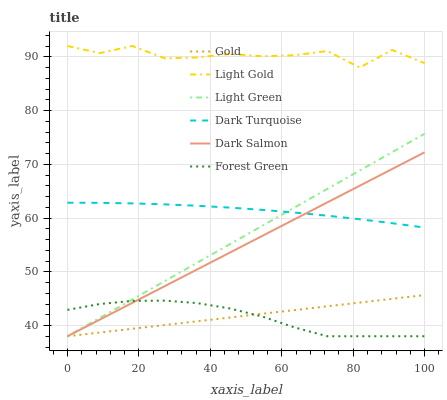
| xaxis_label | Gold | Light Gold | Light Green | Dark Turquoise | Dark Salmon | Forest Green |
 | --- | --- | --- | --- | --- | --- | --- |
 | 0 | 38 | 92 | 38 | 62.8 | 38 | 42.9 |
 | 9.09 | 38.7 | 90.7 | 41.4 | 62.8 | 41.1 | 44 |
 | 18.2 | 39.4 | 92 | 44.9 | 62.7 | 44.2 | 44.6 |
 | 27.3 | 40.1 | 89.7 | 48.3 | 62.5 | 47.3 | 44.6 |
 | 36.4 | 40.8 | 89.9 | 51.7 | 62.3 | 50.4 | 44.2 |
 | 45.5 | 41.5 | 90.5 | 55.1 | 61.9 | 53.6 | 43.2 |
 | 54.5 | 42.2 | 90.1 | 58.6 | 61.5 | 56.7 | 41.7 |
 | 63.6 | 42.9 | 90.3 | 62 | 61 | 59.8 | 39.6 |
 | 72.7 | 43.6 | 91.1 | 65.4 | 60.4 | 62.9 | 38 |
 | 81.8 | 44.3 | 88 | 68.8 | 59.8 | 66 | 38 |
 | 90.9 | 45 | 91.3 | 72.3 | 59 | 69.1 | 38 |
 | 100 | 45.7 | 88.8 | 75.7 | 58.2 | 72.2 | 38 |